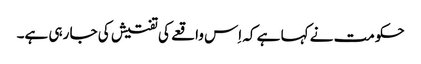
حکومت نے کہا ہے کہ اِس واقعے کی تفتیش کی جا رہی ہے۔